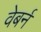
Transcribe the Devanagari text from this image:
वेबर्न